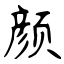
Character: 颜